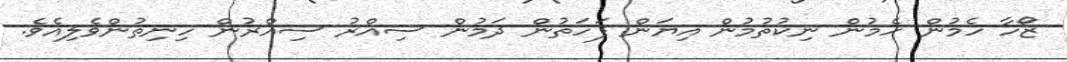
ޒޯހާ ހެމުން ހެމުން ނިކުތުމުން އިޔަން ފަހަތުން ދަމުން ސިއްރު ސިއްރުން ހިނިތުންވެލިއެވެ.